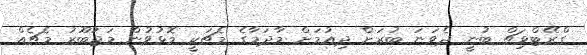
ގްރޭޓްވިޗް ބުނީ ދެވަނަ ބުރަށް ދިއުމަށް މާދަމާގެ މެޗަކީ މޮޅުވުން މަޖުބޫރު މެޗެއް